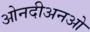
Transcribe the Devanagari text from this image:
ओनदीअनओ